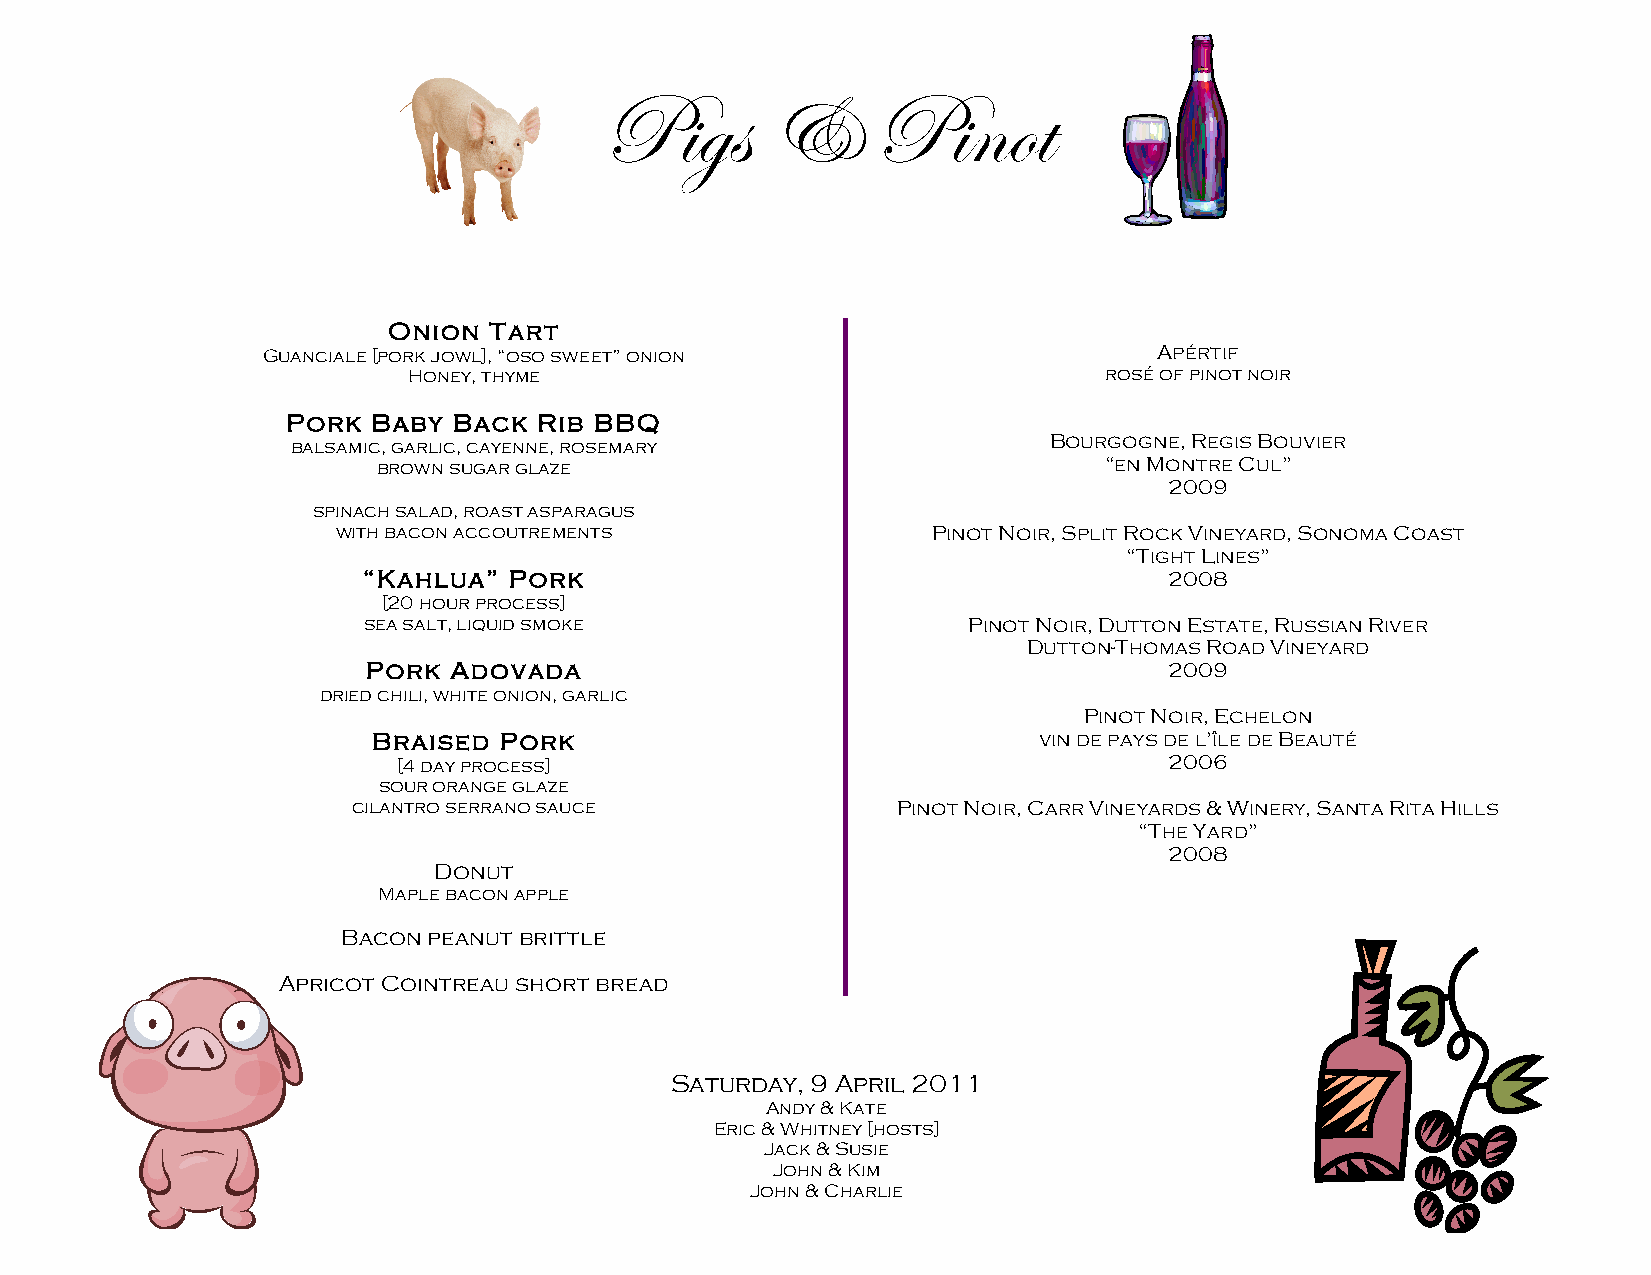
Pigs       &      Pinot
 Onion Tart
 Guanciale [pork jowl], “oso sweet” onion                    Apértif
 Honey, thyme                                  rosé of pinot noir
 Pork  Baby Back  Rib BBQ
 Bourgogne, Regis Bouvier
 balsamic, garlic, cayenne, rosemary
 brown sugar glaze                               “en Montre Cul”
 2009
 spinach salad, roast asparagus
 with bacon accoutrements                Pinot Noir, Split Rock Vineyard, Sonoma Coast
 “Tight Lines”
 “Kahlua”  Pork                                       2008
 [20 hour process]
 sea salt, liquid smoke                  Pinot Noir, Dutton Estate, Russian River
 Dutton-Thomas Road Vineyard
 Pork  Adovada                                        2009
 dried chili, white onion, garlic
 Pinot Noir, Echelon
 Braised Pork                                vin de pays de l’île de Beauté
 [4 day process]                                    2006
 sour orange glaze
 cilantro serrano sauce              Pinot Noir, Carr Vineyards & Winery, Santa Rita Hills
 “The Yard”
 2008
 Donut
 Maple bacon apple
 Bacon peanut brittle
 Apricot Cointreau short bread
 Saturday, 9 April 2011
 Andy & Kate
 Eric & Whitney [hosts]
 Jack & Susie
 John & Kim
 John & Charlie